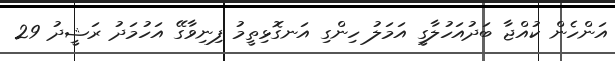
އަންހެން ކުއްޖާ ބަދުއަހުލާގީ އަމަލު ހިންގި އަނގޮޅިތީމު ފިނިވާގޭ އަހުމަދު ރަޝީދު 29